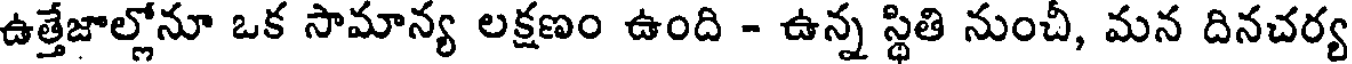
ఉత్తేజాల్లోనూ ఒక సామాన్య లక్షణం ఉంది - ఉన్న స్థితి నుంచీ, మన దినచర్య